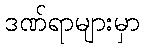
ဒဏ်ရာများမှာ